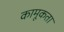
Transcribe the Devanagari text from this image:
कामूकता